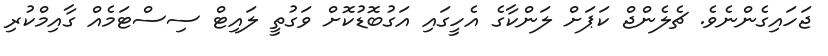
ޖަހައިގެންނެވެ. ޗެލެންޖް ކަޕަށް ލަންކާގެ އެހީގައި އަގުބޮޑުކޮށް ވަގުތީ ލައިޓް ސިސްޓަމެއް ގާއިމްކުރި